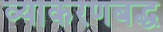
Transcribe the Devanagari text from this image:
व्याकरणबद्ध